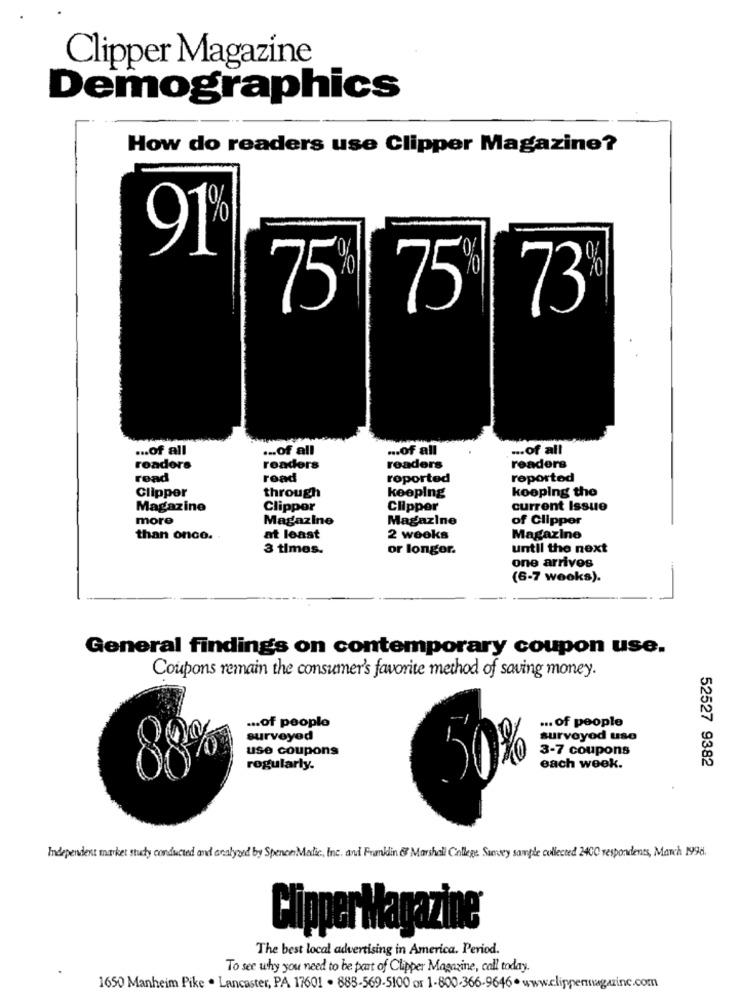
Clipper Magazine
Demographics
How do readers use Clipper Magazine?
91
75 75 73
... of all
... of all
.. of all
.. of all
roadore
readers
readers
readers
read
road
reported
reported
Clipper
through
keeping
kooping the
Magazine
Clipper
Clipper
current Issue
more
Magazine
Magazine
of Clipper
than onco.
at least
2 weeks
Magazine
3 times.
or longor.
until the next
one arrives
(6-7 weeks).
General findings on contemporary coupon use.
Coupons remain the consumer's favorite method of saving money.
... of people
... of people
surveyed
surveyod use
use coupons
3-7 coupons
regularly.
each week.
52527 9382
Independent market study conducted and analyzed by Spence Matic, Inc. and Franklin & Marshall College Survey sample collected 2400 respondents, March 1998.
ClipperMagazine
The best local advertising in America. Period.
To see why you need to be part of Clipper Magazine, call today.
1650 Manheim Pike . Lancaster, PA 17601 . 888-569-5100 or 1-800-366-9646. www.clippermagazinc.com